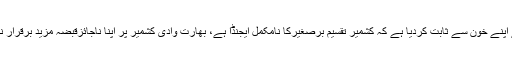
کشمیریوں نے اپنے خون سے ثابت کردیا ہے کہ کشمیر تقسیم برصغیرکا نامکمل ایجنڈا ہے، بھارت وادی کشمیر پر اپنا ناجائزقبضہ مزید برقرار نہیں رکھ سکتا۔